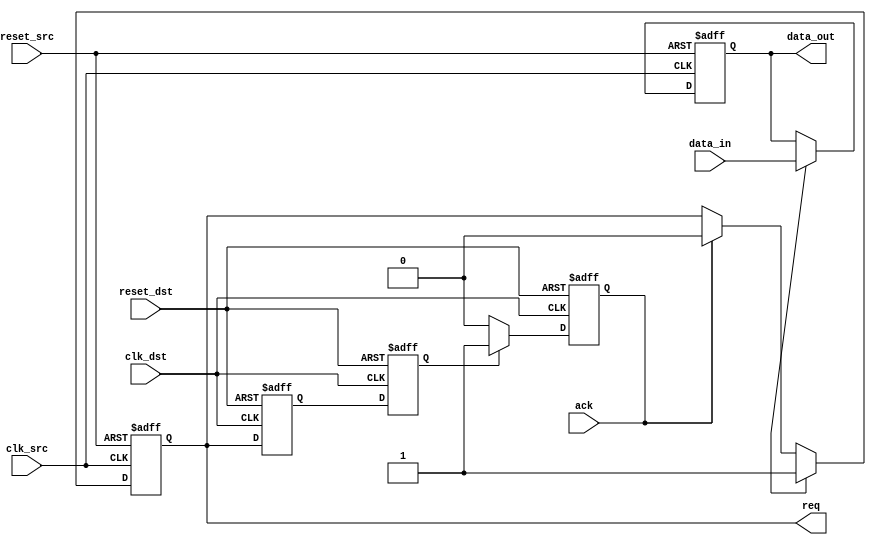
module handshake_synchronizer #(
    parameter DATA_WIDTH = 8 // Parameter for data width
)(
    input wire clk_src,        // Clock for sender (source)
    input wire clk_dst,        // Clock for receiver (destination)
    input wire reset_src,      // Reset for source
    input wire reset_dst,      // Reset for destination
    input wire [DATA_WIDTH-1:0] data_in, // Data from sender
    output reg req,            // Request signal from sender
    input wire ack,            // Acknowledge signal from receiver
    output reg [DATA_WIDTH-1:0] data_out  // Data to receiver
);

// Sender Logic
always @(posedge clk_src or posedge reset_src) begin
    if (reset_src) begin
        req <= 1'b0;
        data_out <= 0;
    end else begin
        if (valid_data) begin // Assume valid_data is a signal indicating data is valid
            req <= 1'b1;     // Assert request signal
            data_out <= data_in; // Load data to be sent
        end else if (ack) begin
            req <= 1'b0;     // De-assert request signal on ack
        end
    end
end

// Receiver Logic
reg req_sync1, req_sync2; // Synchronization flip-flops for request signal
reg [DATA_WIDTH-1:0] received_data;

always @(posedge clk_dst or posedge reset_dst) begin
    if (reset_dst) begin
        req_sync1 <= 1'b0;
        req_sync2 <= 1'b0;
        received_data <= 0;
    end else begin
        // Synchronize the request signal
        req_sync1 <= req; // First stage of synchronization
        req_sync2 <= req_sync1; // Second stage of synchronization

        if (req_sync2) begin
            received_data <= data_out; // Capture the data when request is asserted
        end
    end
end

// Acknowledge Logic
always @(posedge clk_dst or posedge reset_dst) begin
    if (reset_dst) begin
        ack <= 1'b0; // Reset acknowledge
    end else if (req_sync2) begin
        ack <= 1'b1; // Assert acknowledge when request is detected
    end else begin
        ack <= 1'b0; // De-assert acknowledge
    end
end

endmodule